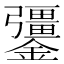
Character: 𨯞